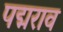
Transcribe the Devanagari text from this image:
पद्मराव